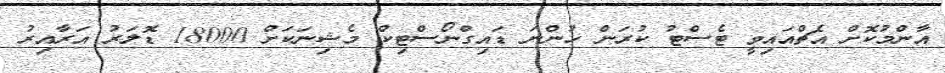
އާންމުކޮށް އެޗްއައިވީ ޓެސްޓު ކުރަން ހުންނަ ޑައިގްނޯސްޓިކް މެޝިނަކަށް 18000 ޑޮލަރު އަރާއިރު